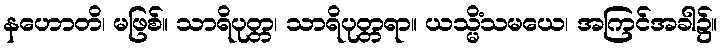
နဟောတိ၊ မဖြစ်။ သာရိပုတ္တ၊ သာရိပုတ္တရာ။ ယသ္မိံသမယေ၊ အကြင်အခါ၌။